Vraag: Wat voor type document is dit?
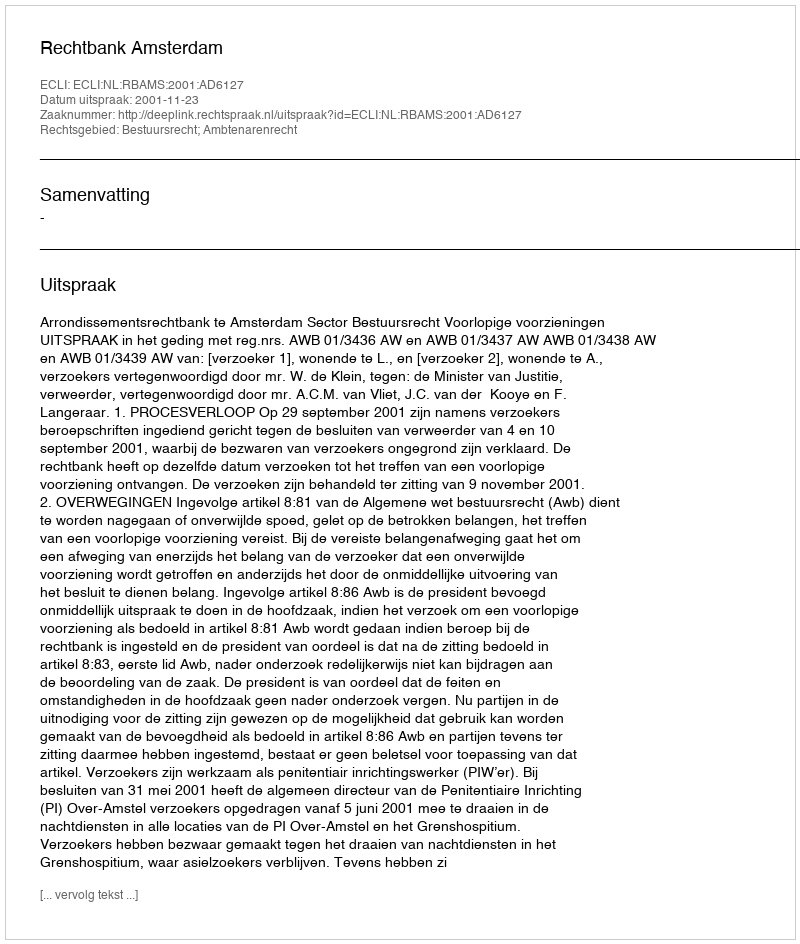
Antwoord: Uitspraak